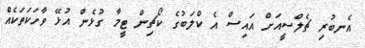
އެނބުރި ޗެލްސީއަށް އައިސް އެ ކްލަބުގެ ކޯޗިން ޓީމާ ގުޅެން އުޅޭ ވާހަކަތަކެއް